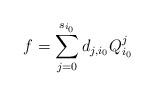
LaTeX: \begin{align*}f=\sum\limits_{j=0}^{s_{i_0}}d_{j,i_0}Q_{i_0}^j\end{align*}